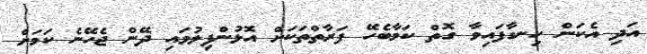
އަދި އެކަން ހިނގާފައިވާ ގޮތް ކަމާބެހޭ ފަރާތްތަކަށް އޮޅުންފިލުވައި ދޭން ޖެހޭނެ ކަމަށް